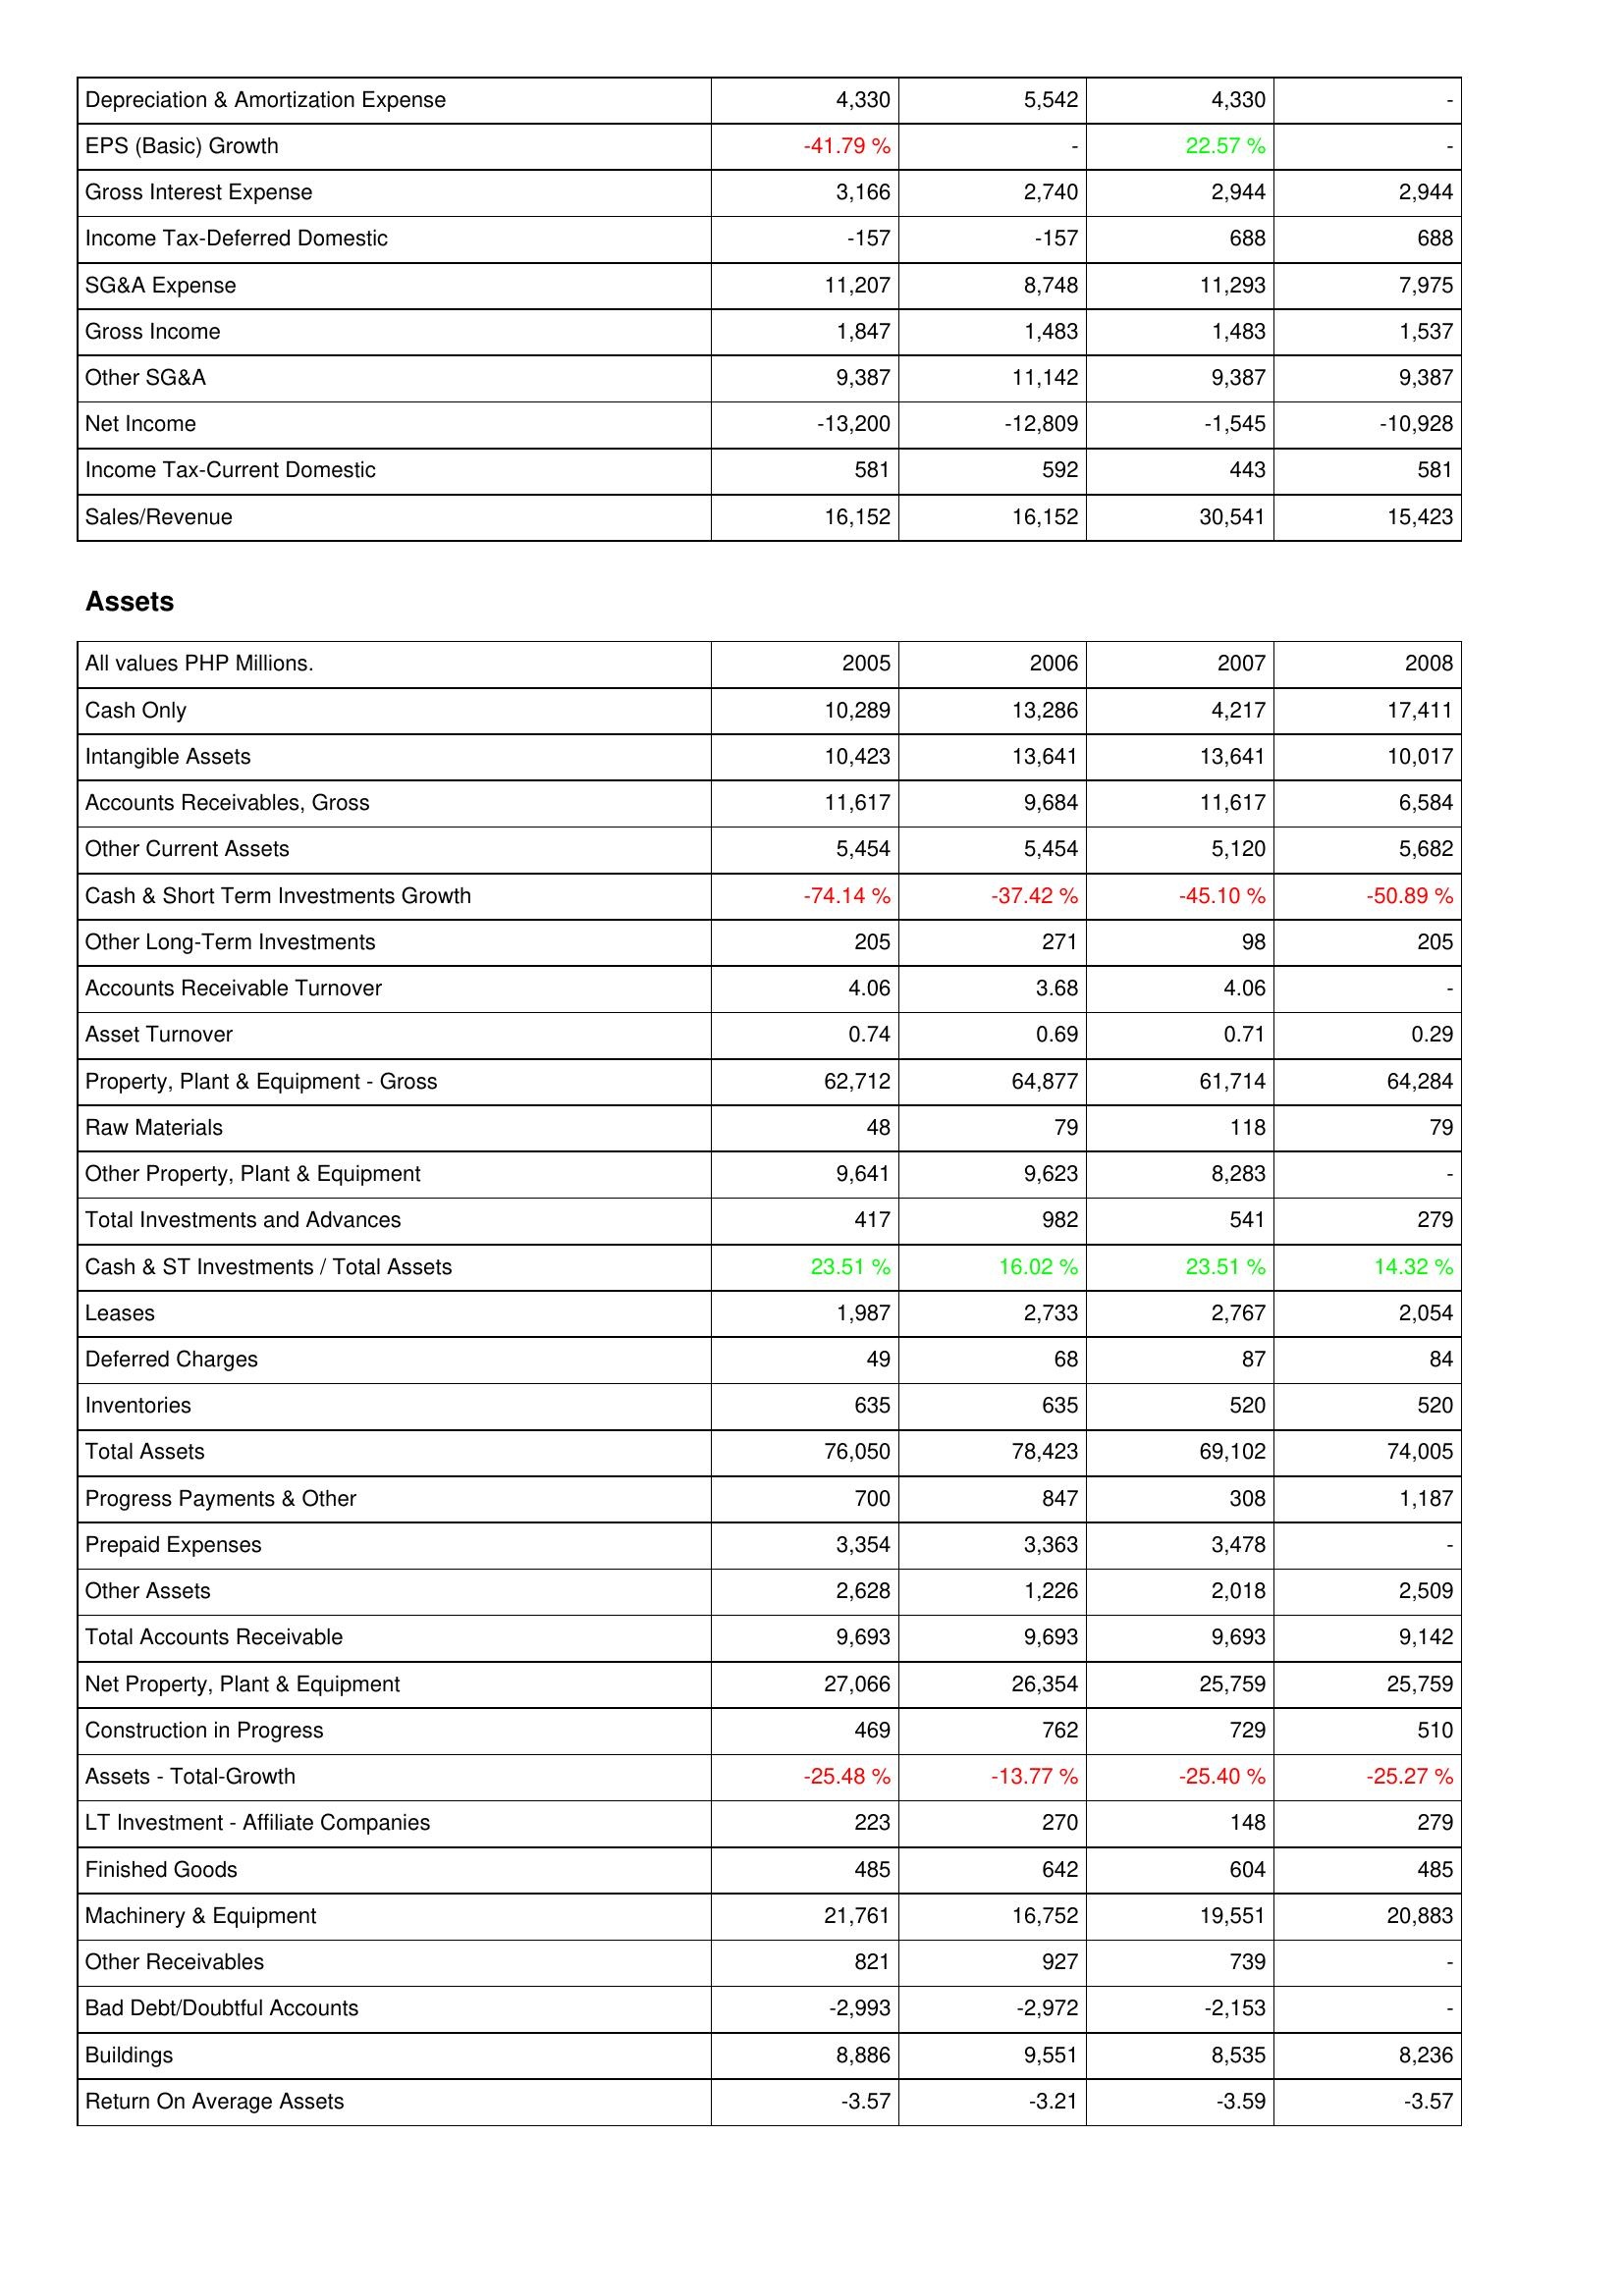
2005: Income Statement: Depreciation & Amortization Expense: 4,330
EPS (Basic) Growth: -41.79 %
Gross Interest Expense: 3,166
Income Tax-Deferred Domestic: -157
SG&A Expense: 11,207
Gross Income: 1,847
Other SG&A: 9,387
Net Income: -13,200
Income Tax-Current Domestic: 581
Sales/Revenue: 16,152
Assets: Cash Only: 10,289
Intangible Assets: 10,423
Accounts Receivables, Gross: 11,617
Other Current Assets: 5,454
Cash & Short Term Investments Growth: -74.14 %
Other Long-Term Investments: 205
Accounts Receivable Turnover: 4.06
Asset Turnover: 0.74
Property, Plant & Equipment - Gross: 62,712
Raw Materials: 48
Other Property, Plant & Equipment: 9,641
Total Investments and Advances: 417
Cash & ST Investments / Total Assets: 23.51 %
Leases: 1,987
Deferred Charges: 49
Inventories: 635
Total Assets: 76,050
Progress Payments & Other: 700
Prepaid Expenses: 3,354
Other Assets: 2,628
Total Accounts Receivable: 9,693
Net Property, Plant & Equipment: 27,066
Construction in Progress: 469
Assets - Total-Growth: -25.48 %
LT Investment - Affiliate Companies: 223
Finished Goods: 485
Machinery & Equipment: 21,761
Other Receivables: 821
Bad Debt/Doubtful Accounts: -2,993
Buildings: 8,886
Return On Average Assets: -3.57
2006: Income Statement: Depreciation & Amortization Expense: 5,542
EPS (Basic) Growth: -
Gross Interest Expense: 2,740
Income Tax-Deferred Domestic: -157
SG&A Expense: 8,748
Gross Income: 1,483
Other SG&A: 11,142
Net Income: -12,809
Income Tax-Current Domestic: 592
Sales/Revenue: 16,152
Assets: Cash Only: 13,286
Intangible Assets: 13,641
Accounts Receivables, Gross: 9,684
Other Current Assets: 5,454
Cash & Short Term Investments Growth: -37.42 %
Other Long-Term Investments: 271
Accounts Receivable Turnover: 3.68
Asset Turnover: 0.69
Property, Plant & Equipment - Gross: 64,877
Raw Materials: 79
Other Property, Plant & Equipment: 9,623
Total Investments and Advances: 982
Cash & ST Investments / Total Assets: 16.02 %
Leases: 2,733
Deferred Charges: 68
Inventories: 635
Total Assets: 78,423
Progress Payments & Other: 847
Prepaid Expenses: 3,363
Other Assets: 1,226
Total Accounts Receivable: 9,693
Net Property, Plant & Equipment: 26,354
Construction in Progress: 762
Assets - Total-Growth: -13.77 %
LT Investment - Affiliate Companies: 270
Finished Goods: 642
Machinery & Equipment: 16,752
Other Receivables: 927
Bad Debt/Doubtful Accounts: -2,972
Buildings: 9,551
Return On Average Assets: -3.21
2007: Income Statement: Depreciation & Amortization Expense: 4,330
EPS (Basic) Growth: 22.57 %
Gross Interest Expense: 2,944
Income Tax-Deferred Domestic: 688
SG&A Expense: 11,293
Gross Income: 1,483
Other SG&A: 9,387
Net Income: -1,545
Income Tax-Current Domestic: 443
Sales/Revenue: 30,541
Assets: Cash Only: 4,217
Intangible Assets: 13,641
Accounts Receivables, Gross: 11,617
Other Current Assets: 5,120
Cash & Short Term Investments Growth: -45.10 %
Other Long-Term Investments: 98
Accounts Receivable Turnover: 4.06
Asset Turnover: 0.71
Property, Plant & Equipment - Gross: 61,714
Raw Materials: 118
Other Property, Plant & Equipment: 8,283
Total Investments and Advances: 541
Cash & ST Investments / Total Assets: 23.51 %
Leases: 2,767
Deferred Charges: 87
Inventories: 520
Total Assets: 69,102
Progress Payments & Other: 308
Prepaid Expenses: 3,478
Other Assets: 2,018
Total Accounts Receivable: 9,693
Net Property, Plant & Equipment: 25,759
Construction in Progress: 729
Assets - Total-Growth: -25.40 %
LT Investment - Affiliate Companies: 148
Finished Goods: 604
Machinery & Equipment: 19,551
Other Receivables: 739
Bad Debt/Doubtful Accounts: -2,153
Buildings: 8,535
Return On Average Assets: -3.59
2008: Income Statement: Depreciation & Amortization Expense: -
EPS (Basic) Growth: -
Gross Interest Expense: 2,944
Income Tax-Deferred Domestic: 688
SG&A Expense: 7,975
Gross Income: 1,537
Other SG&A: 9,387
Net Income: -10,928
Income Tax-Current Domestic: 581
Sales/Revenue: 15,423
Assets: Cash Only: 17,411
Intangible Assets: 10,017
Accounts Receivables, Gross: 6,584
Other Current Assets: 5,682
Cash & Short Term Investments Growth: -50.89 %
Other Long-Term Investments: 205
Accounts Receivable Turnover: -
Asset Turnover: 0.29
Property, Plant & Equipment - Gross: 64,284
Raw Materials: 79
Other Property, Plant & Equipment: -
Total Investments and Advances: 279
Cash & ST Investments / Total Assets: 14.32 %
Leases: 2,054
Deferred Charges: 84
Inventories: 520
Total Assets: 74,005
Progress Payments & Other: 1,187
Prepaid Expenses: -
Other Assets: 2,509
Total Accounts Receivable: 9,142
Net Property, Plant & Equipment: 25,759
Construction in Progress: 510
Assets - Total-Growth: -25.27 %
LT Investment - Affiliate Companies: 279
Finished Goods: 485
Machinery & Equipment: 20,883
Other Receivables: -
Bad Debt/Doubtful Accounts: -
Buildings: 8,236
Return On Average Assets: -3.57